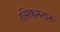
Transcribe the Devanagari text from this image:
रसिकमनात